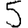
Digit: 5